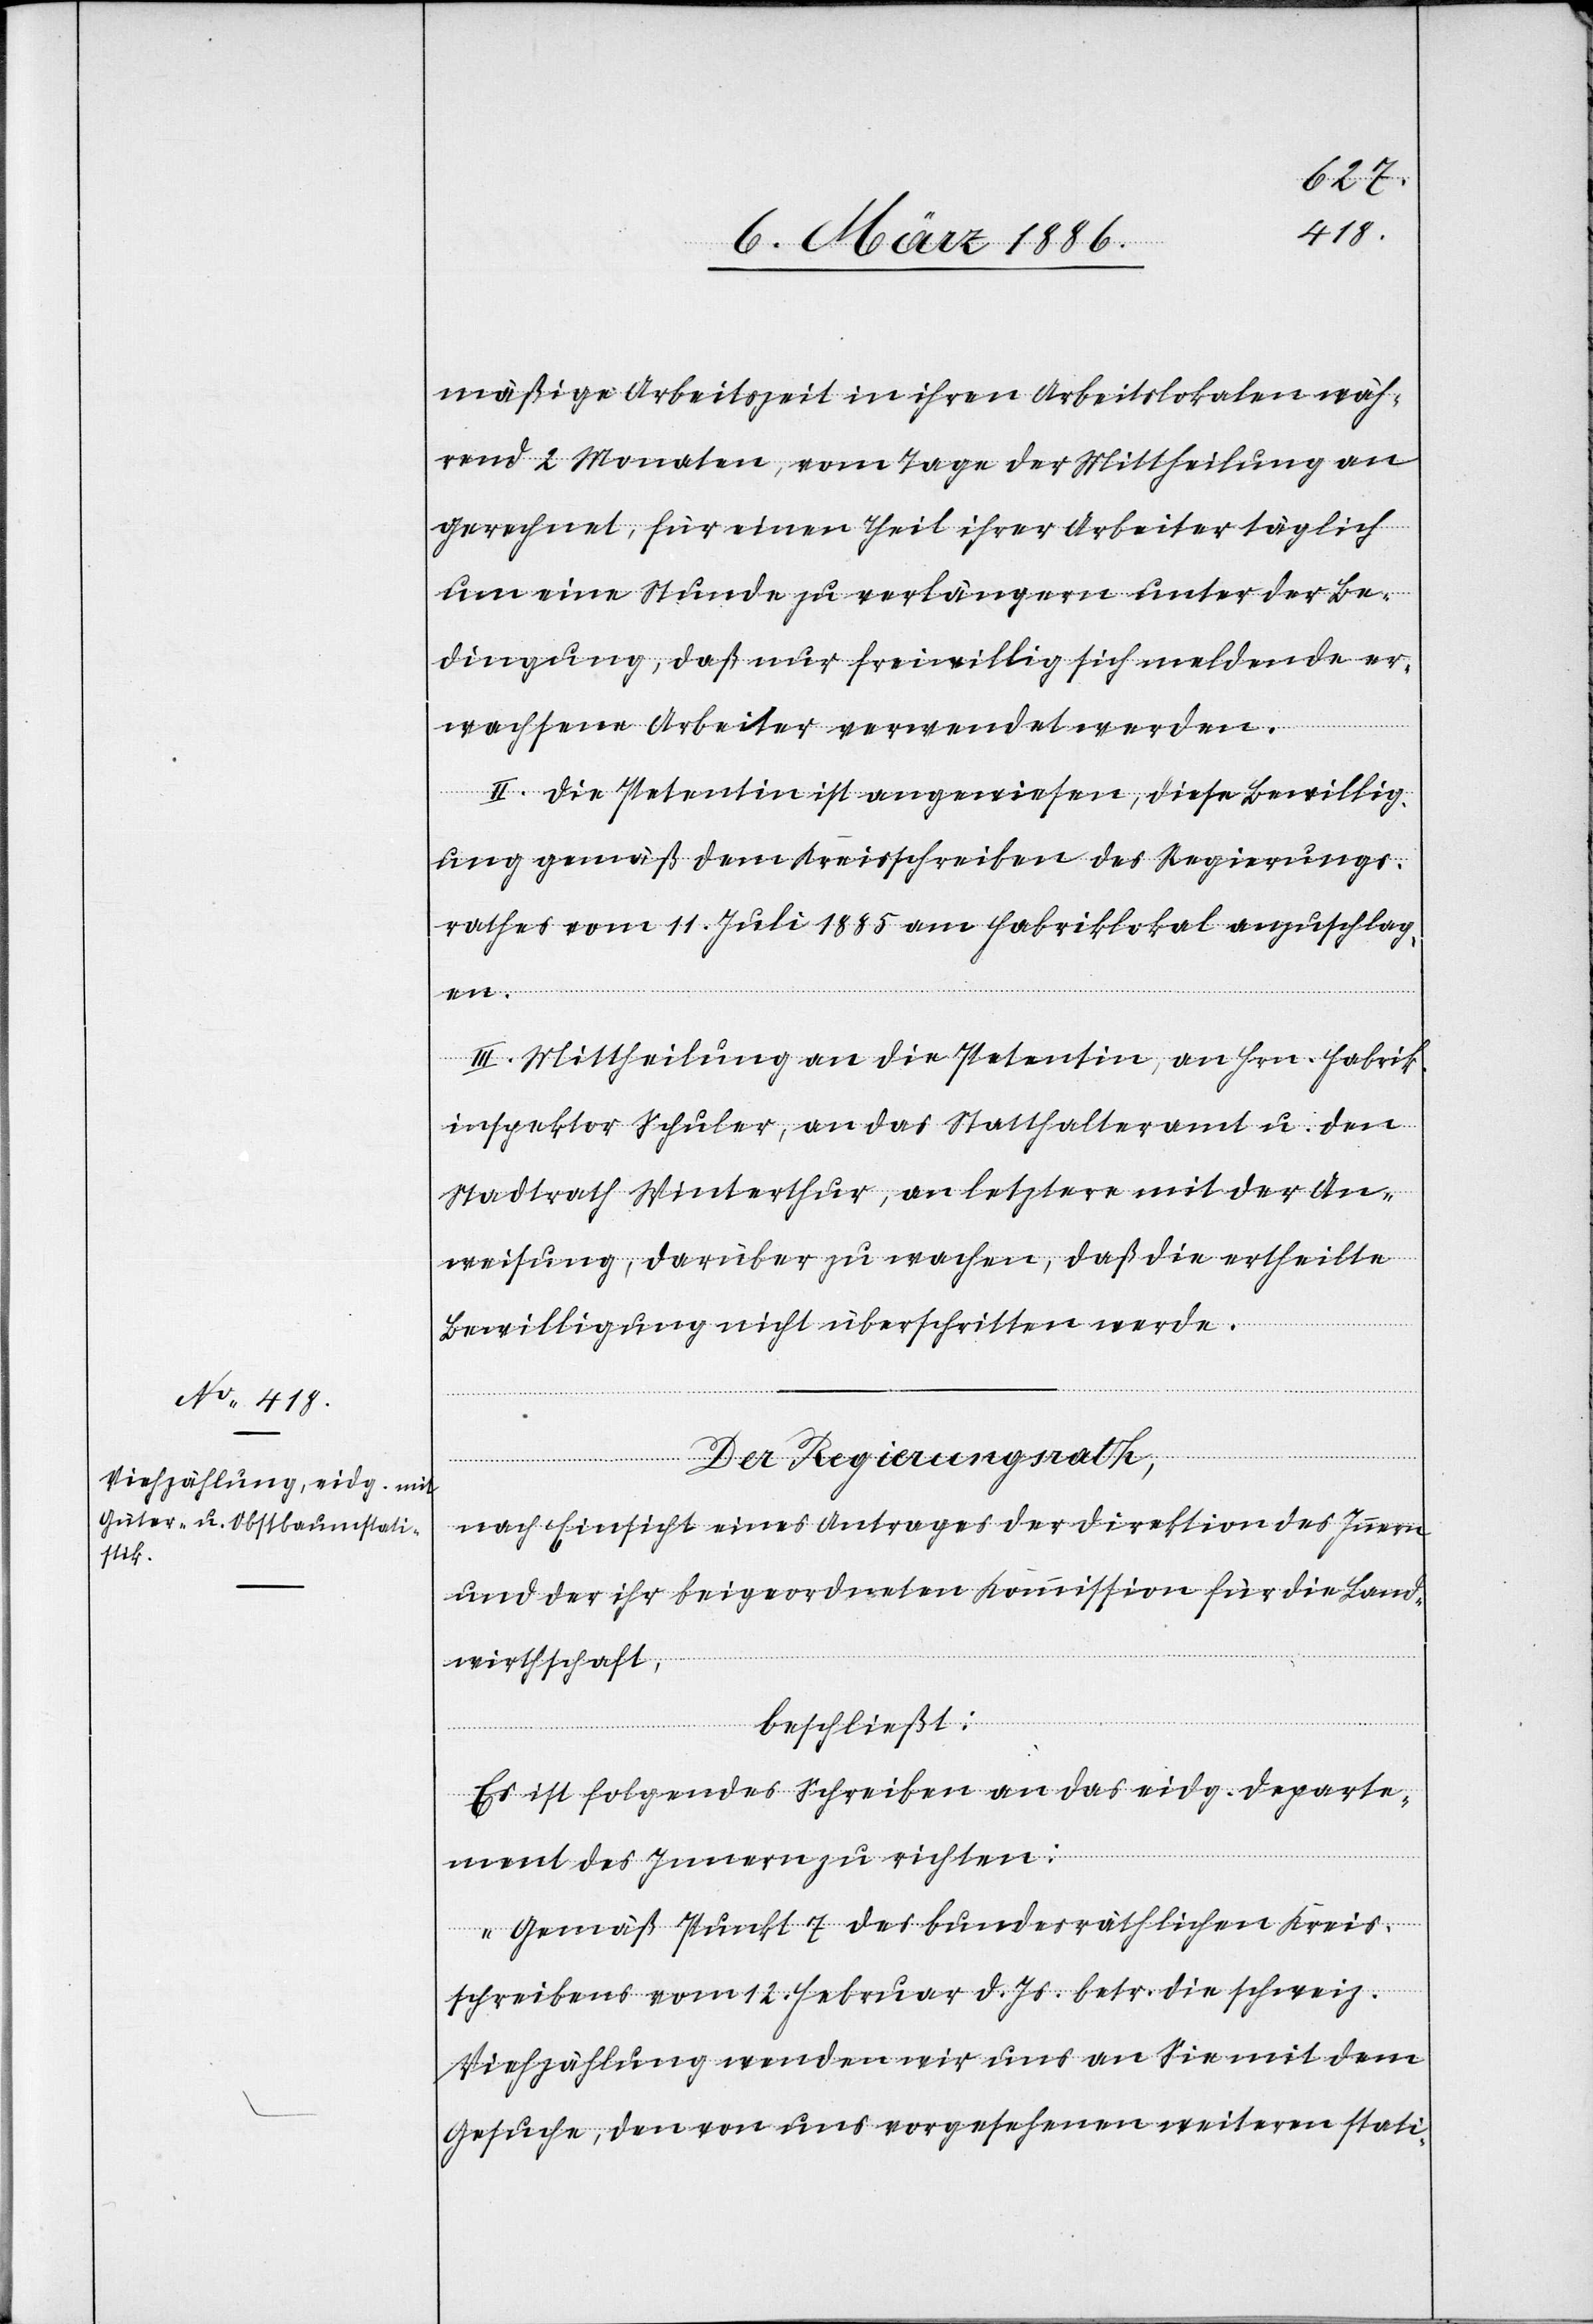
mäßige Arbeitszeit in ihren Arbeitslokalen wäh¬
rend 2 Monaten, vom Tage der Mittheilung an
gerechnet, für einen Theil ihrer Arbeiter täglich
um eine Stunde zu verlängern unter der Be¬
dingung, daß nur freiwillig sich meldende er¬
wachsene Arbeiter verwendet werden.
II. Die Petentin ist angewiesen, diese Bewillig¬
ung gemäß dem Kreisschreiben des Regierungs¬
rathes vom 1. Juli 1885 am Fabriklokal anzuschlag¬
en.
III. Mittheilung an die Petentin, an Hrn. Fabrik¬
inspektor Schuler, an das Statthalteramt u. den
Stadtrath Winterthur, an letztern mit der An¬
weisung, darüber zu wachen, daß die ertheilte
Bewilligung nicht überschritten werde.
Der Regierungsrath,
nach Einsicht eines Antrages der Direktion des Innern
und der ihr beigeordneten Kommission für die Land¬
wirthschaft,
beschließt:
Es ist folgendes Schreiben an das eidg. Departe¬
ment des Innern zu richten:
„Gemäß Punkt 7 des bundesräthlichen Kreis¬
schreibens vom 12. Februar d. Js. betr. die schweiz.
Viehzählung wenden wir uns an Sie mit dem
Gesuche, den von uns vorgesehenen weitern stati-